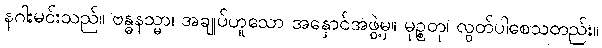
နဂါးမင်းသည်။ ဗန္ဓနသ္မာ၊ အချုပ်ဟူသော အနှောင်အဖွဲ့မှ။ မုဉ္စတု၊ လွတ်ပါစေသတည်း။